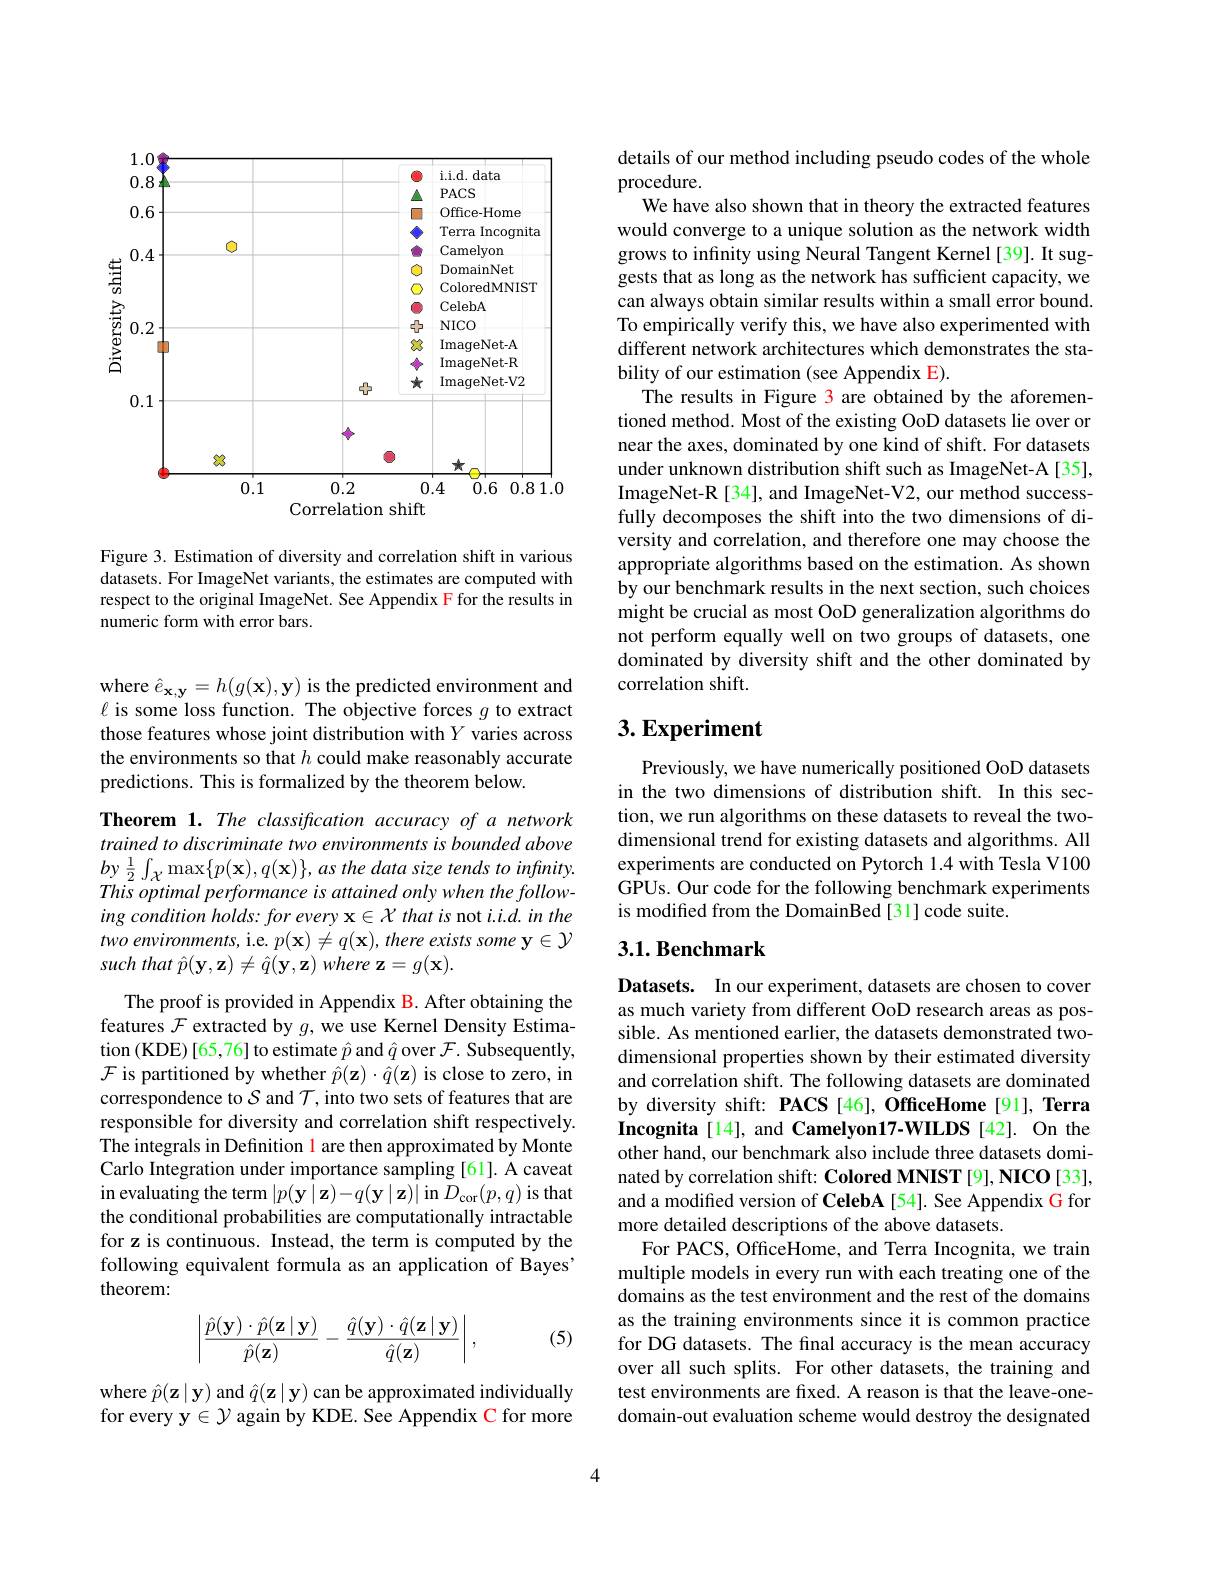
<FigureHere>

Figure 3. Estimation of diversity and correlation shift in various datasets. For ImageNet variants, the estimates are computed with respect to the original ImageNet. See Appendix F for the results in numeric form with error bars.

where $\hat{e}_{\mathbf{x},\mathbf{y}}=h(g(\mathbf{x}),\mathbf{y})$ is the predicted environment and $\ell$ is some loss function. The objective forces $g$ to extract those features whose joint distribution with $Y$ varies across the environments so that $h$ could make reasonably accurate predictions. This is formalized by the theorem below.

Theorem 1. The classification accuracy of a network trained to discriminate two environments is bounded above $by$ $\frac 12\int _{\mathcal{X} }\max \{ p( \mathbf{x} ) , q( \mathbf{x} ) \} , as$ the data size tends $to$ $infinity.$ This optimal performance is attained only when the following condition holds: for every x $\in\mathcal{X}$ that is not $i.i.d.in$ the two environments, i.e. $p( \mathbf{x} ) \neq q( \mathbf{x} ) , \textit{there exists some y}\in \mathcal{Y}$ such that $\hat{p}(\mathbf{y},\mathbf{z})\neq\hat{q}(\mathbf{y},\mathbf{z})$ where z$=g(\mathbf{x}).$

The proof is provided in Appendix B. After obtaining the features $\mathcal{F}$ extracted by $g$, we use Kernel Density Estimation (KDE)[65,76] to estimate $\hat{p}$ and $\hat{q}$ over $\mathcal{F}.$ Subsequently, $\mathcal{F}$ is partitioned by whether $\hat{p}(\mathbf{z})\cdot\hat{q}(\mathbf{z})$ is close to zero, in correspondence to $\mathcal{S}$ and $\mathcal{T}$, into two sets of features that are responsible for diversity and correlation shift respectively. The integrals in Definition l are then approximated by Monte Carlo Integration under importance sampling [61]. A caveat in evaluating the term $|p(\mathbf{y}\mid\mathbf{z})-q(\mathbf{y}\mid\mathbf{z})|$ in $D_{\mathrm{cor}}(p,q)$ is that the conditional probabilities are computationally intractable for z is continuous. Instead, the term is computed by the following equivalent formula as an application of Bayes' theorem:
$$\begin{vmatrix}\frac{\hat{p}(\mathbf{y})\cdot\hat{p}(\mathbf{z}\mid\mathbf{y})}{\hat{p}(\mathbf{z})}-\frac{\hat{q}(\mathbf{y})\cdot\hat{q}(\mathbf{z}\mid\mathbf{y})}{\hat{q}(\mathbf{z})}\end{vmatrix},$$
(5)

where $\hat{p}(\mathbf{z}\mid\mathbf{y})$ and $\hat{q}(\mathbf{z}\mid\mathbf{y})$ can be approximated individually for every y$\in\mathcal{Y}$ again by KDE. See Appendix C for more

details of our method including pseudo codes of the whole
procedure.
We have also shown that in theory the extracted features would converge to a unique solution as the network width grows to infinity using Neural Tangent Kernel [39]. It suggests that as long as the network has sufficient capacity, we can always obtain similar results within a small error bound. To empirically verify this, we have also experimented with different network architectures which demonstrates the stability of our estimation (see Appendix E).
The results in Figure 3 are obtained by the aforementioned method. Most of the existing OoD datasets lie over or near the axes, dominated by one kind of shift. For datasets under unknown distribution shift such as ImageNet-A [35], ImageNet-R [34], and ImageNet-V2, our method successfully decomposes the shift into the two dimensions of diversity and correlation, and therefore one may choose the appropriate algorithms based on the estimation. As shown by our benchmark results in the next section, such choices might be crucial as most OoD generalization algorithms do not perform equally well on two groups of datasets, one dominated by diversity shift and the other dominated by correlation shift.

## $3. \textbf{Experiment}$

Previously, we have numerically positioned OoD datasets in the two dimensions of distribution shift. In this section, we run algorithms on these datasets to reveal the twodimensional trend for existing datasets and algorithms. All experiments are conducted on Pytorch 1.4 with Tesla V100 GPUs. Our code for the following benchmark experiments is modified from the DomainBed[31]code suite.

## $3. 1. \textbf{Benchmark}$

Datasets. In our experiment, datasets are chosen to cover as much variety from different OoD research areas as possible. As mentioned earlier, the datasets demonstrated twodimensional properties shown by their estimated diversity and correlation shift. The following datasets are dominated by diversity shift: PACS [46], OfficeHome [91], Terra Incognita[14], and Camelyon17-WILDS [42]. On the other hand, our benchmark also include three datasets dominated by correlation shift: Colored MNIST [9], NICO [33], and a modified version of CelebA [54]. See Appendix G for more detailed descriptions of the above datasets
For PACS, OfficeHome, and Terra Incognita, we train multiple models in every run with each treating one of the domains as the test environment and the rest of the domains as the training environments since it is common practice for DG datasets. The final accuracy is the mean accuracy over all such splits. For other datasets, the training and test environments are fixed. A reason is that the leave-onedomain-out evaluation scheme would destroy the designated

4